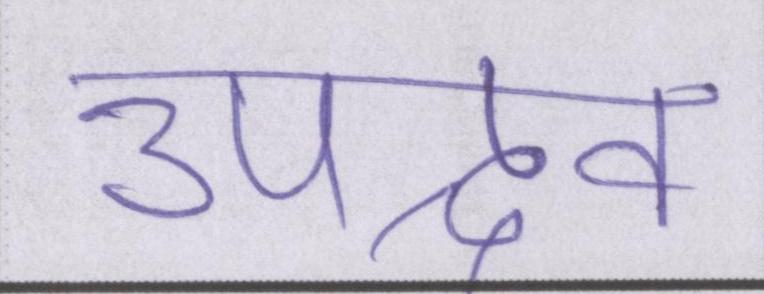
उपद्रव